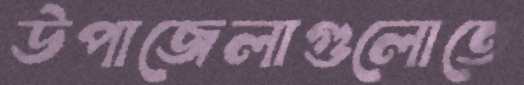
উপাজেলাগুলোতে